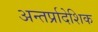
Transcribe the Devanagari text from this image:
अन्तर्प्रादेशिक